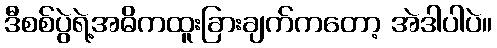
ဒီစစ်ပွဲရဲ့အဓိကထူးခြားချက်ကတော့ အဲဒါပါပဲ။